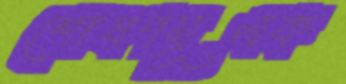
শোষণমূলক